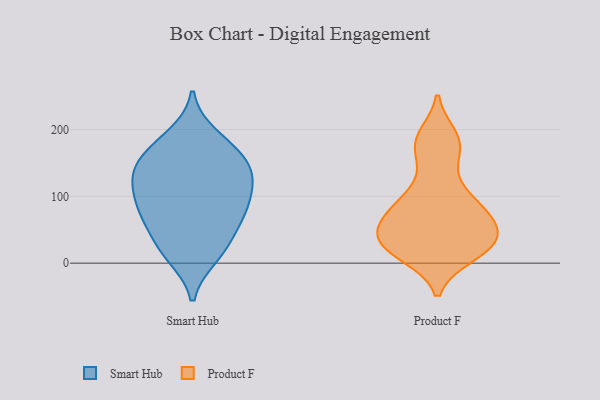
{"axis": {"x": "Bounce Rate (%)", "y": "Value"}, "legend": ["Product F", "Smart Hub"], "data": [{"x": "", "y": 174, "type": "Smart Hub"}, {"x": "", "y": 61, "type": "Smart Hub"}, {"x": "", "y": 169, "type": "Smart Hub"}, {"x": "", "y": 134, "type": "Smart Hub"}, {"x": "", "y": 144, "type": "Smart Hub"}, {"x": "", "y": 116, "type": "Smart Hub"}, {"x": "", "y": 60, "type": "Smart Hub"}, {"x": "", "y": 137, "type": "Smart Hub"}, {"x": "", "y": 89, "type": "Smart Hub"}, {"x": "", "y": 78, "type": "Smart Hub"}, {"x": "", "y": 20, "type": "Smart Hub"}, {"x": "", "y": 22, "type": "Smart Hub"}, {"x": "", "y": 85, "type": "Smart Hub"}, {"x": "", "y": 144, "type": "Smart Hub"}, {"x": "", "y": 11, "type": "Smart Hub"}, {"x": "", "y": 108, "type": "Smart Hub"}, {"x": "", "y": 190, "type": "Smart Hub"}, {"x": "", "y": 45, "type": "Product F"}, {"x": "", "y": 179, "type": "Product F"}, {"x": "", "y": 180, "type": "Product F"}, {"x": "", "y": 79, "type": "Product F"}, {"x": "", "y": 18, "type": "Product F"}, {"x": "", "y": 40, "type": "Product F"}, {"x": "", "y": 12, "type": "Product F"}, {"x": "", "y": 57, "type": "Product F"}, {"x": "", "y": 45, "type": "Product F"}, {"x": "", "y": 102, "type": "Product F"}, {"x": "", "y": 190, "type": "Product F"}, {"x": "", "y": 83, "type": "Product F"}, {"x": "", "y": 15, "type": "Product F"}, {"x": "", "y": 27, "type": "Product F"}, {"x": "", "y": 95, "type": "Product F"}, {"x": "", "y": 147, "type": "Product F"}, {"x": "", "y": 69, "type": "Product F"}, {"x": "", "y": 33, "type": "Product F"}]}